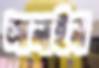
আলাইনা